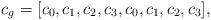
LaTeX: \begin{align*}c_g=[c_0, c_1, c_2, c_3, c_0, c_1, c_2, c_3],\end{align*}